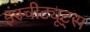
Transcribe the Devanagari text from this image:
इंस्चीट्यूट्स